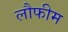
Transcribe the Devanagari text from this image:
लौफीम